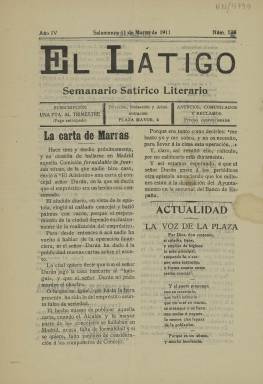
Título: El Látigo (Salamanca)
Colección: Periódicos || Revistas satíricas y humorísticas
Ámbito geográfico: Salamanca
Lugar de publicación: Salamanca
Fechas: 11/03/1911-11/03/1911

Periódico que comenzó su andadura en 1908, aunque la BNE sólo posee un número, el correspondiente al 11 de marzo de 1911. Se subtitulaba semanario satírico literario y tenía su redacción y administración en la misma Plaza Mayor de Salamanca. La publicación es heredera de otra con el mismo subtítulo de nombre El Microbio, editada entre 1905 y 1907. Igual que éste, El Látigo es un periódico defensor de la moral y las buenas costumbres.

   Por el número en posesión de la Biblioteca Nacional se puede ver que se trata de un periódico de ocho páginas, que dedica las dos últimas a la publicidad. Los anuncios de industriales y comerciantes de Salamanca son los que procurarían al semanario la financiación para poder subsistir, porque no parece que tuviera una gran tirada a juzgar por la poca documentación que ha quedado sobre esta publicación, de la que se desconoce cuándo dejó de editarse.

   Un artículo de este número dedicado a elogiar la figura de Tomás Marcos Brozas, decano del Colegio de Abogados de Salamanca y gobernador provincial interino, da una pista sobre la ideología liberal de la publicación. Era entonces presidente del Gobierno de España el liberal José Canalejas, por lo que El Látigo era, al menos en 1911, lo que podía calificarse como un periódico gubernamental.

  En 2017, en la sección Lecturas de verano de la Gaceta de Salamanca se publicó un artículo en el que su autor señalaba tener en sus manos varios números de El Látigo. En uno de ellos se ‘fustiga al Ayuntamiento por permitir los bailes agarraos en la Puerta de Zamora y pide la dimisión del gobernador civil Zapata por no cerrar la casa de lenocinio de la Dolores, que tiene por el sur, muy cerquita, dos conventos, al oeste un cuartel y al suroeste cinco o seis escuelas’.

   Los redactores critican también al Gobierno de Antonio Maura, por lo que esos números de El Látigo corresponden a los años 1908 y 1909 cuando estaba en el poder el líder del partido conservador.

   La actual Gaceta de Salamanca, que sirve de fuente de información para la descripción de este viejo periódico salmantino, aporta otro dato curioso. Al parecer, en los primeros años, El Látigo llevaba entre las grandes letras de su cabecera el dibujo de una mujer con un zurriago y las figuras de un abogado, un militar, un banquero y un cura que huían despavoridos. Curiosamente, este dibujo acabó desapareciendo según se comprueba por el número que tiene la BNE. Quizá con el cambio de Gobierno y la llegada al poder de los liberales el periódico perdió su inicial agresividad.

[Descripción publicada el 17/08/2022]